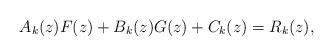
LaTeX: \begin{align*}A_k(z)F(z) + B_k(z)G(z) + C_k(z) = R_k(z),\end{align*}